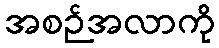
အစဉ်အလာကို